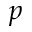
p